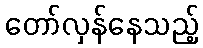
တော်လှန်နေသည့်